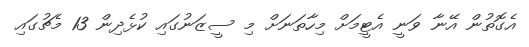
އެގޮތުން އޭނާ ވަނީ އެޓީމަށް މިހާތަނަށް މި ސީޒަނުގައި ކުޅެދިން 13 މެޗުގައި